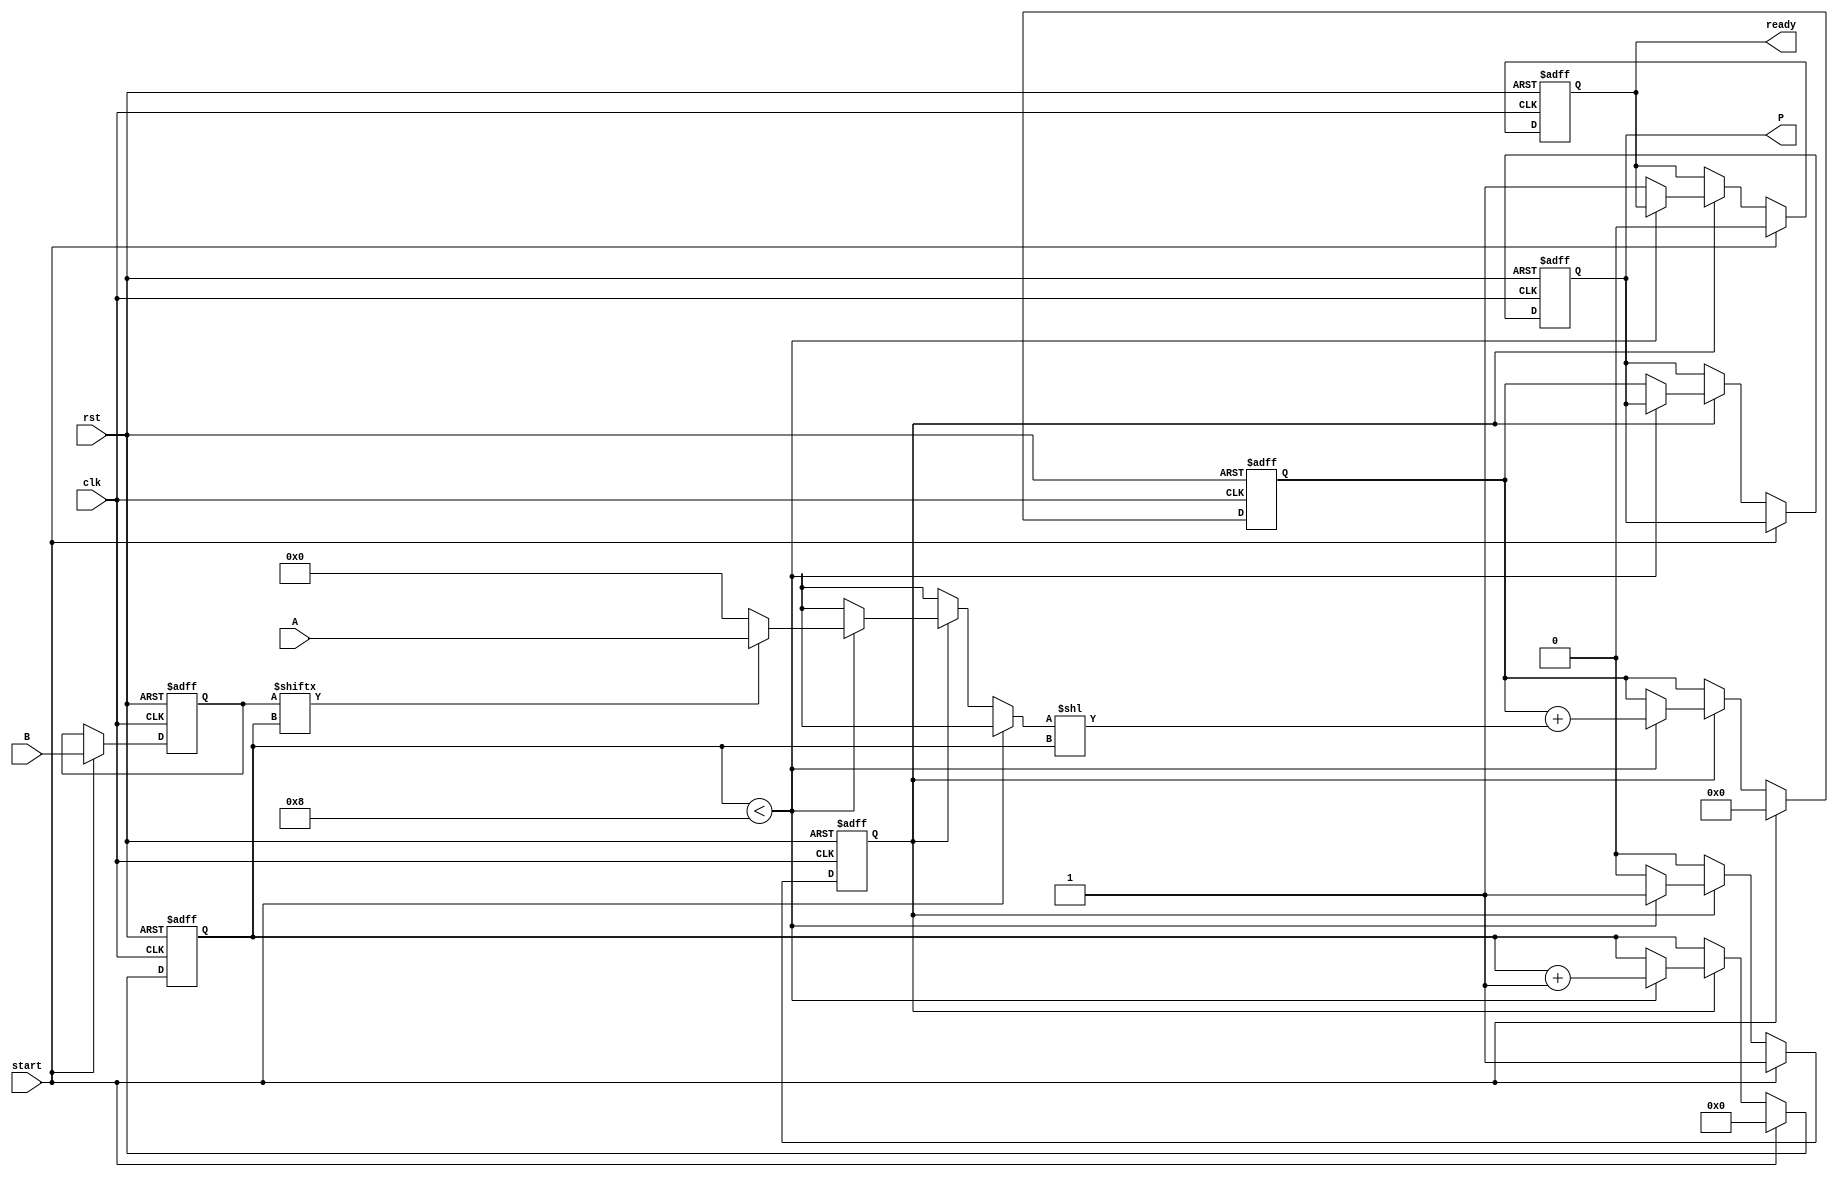
module PartialProductAccumulator #(parameter A_WIDTH = 8, B_WIDTH = 8)
(
    input wire [A_WIDTH-1:0] A,           // Multiplicand
    input wire [B_WIDTH-1:0] B,           // Multiplier
    input wire clk,                        // Clock signal
    input wire rst,                        // Reset signal
    input wire start,                      // Start signal
    output reg [(A_WIDTH + B_WIDTH - 1):0] P, // Product output
    output reg ready                       // Ready signal
);

    reg [B_WIDTH-1:0] multiplier;         // To hold the multiplier during processing
    reg [A_WIDTH-1:0] partial_product;     // To hold the current partial product
    reg [A_WIDTH + B_WIDTH - 1:0] accumulator; // To hold the accumulated result
    reg [3:0] count;                      // Counter for the number of bits processed
    reg state;                            // State for controlling the process (active when multiplying)

    // Initialize registers
    always @(posedge clk or posedge rst) begin
        if (rst) begin
            P <= 0;
            accumulator <= 0;
            multiplier <= 0;
            count <= 0;
            ready <= 0;
            state <= 0;
        end else if (start) begin
            // Load the multiplier and initialize count and state
            multiplier <= B;
            accumulator <= 0;
            count <= 0;
            ready <= 0;
            state <= 1; // Start the multiplication process
        end else if (state) begin
            if (count < B_WIDTH) begin
                // Generate partial product for the current bit
                if(multiplier[count]) begin
                    partial_product = A; // If the multiplier bit is set, use the multiplicand
                end else begin
                    partial_product = 0; // Otherwise, zero
                end
                
                // Add the current partial product to the accumulator
                accumulator <= accumulator + (partial_product << count);
                
                // Increment the count
                count <= count + 1;
            end else begin
                // Completed all bits of the multiplier
                P <= accumulator; // Store the final product
                ready <= 1;      // Signal that the multiplication is done
                state <= 0;      // Stop the multiplication process
            end
        end
    end

endmodule